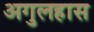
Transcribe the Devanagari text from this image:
अगुलहास